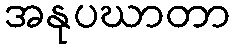
အနုပဃာတာ